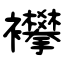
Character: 襻